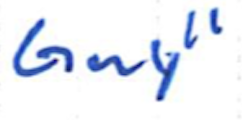
Text: Guy"
Cross-out: clean
Writing tool: ballpoint